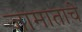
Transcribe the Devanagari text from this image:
जामाताचे